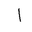
Letter: _alif